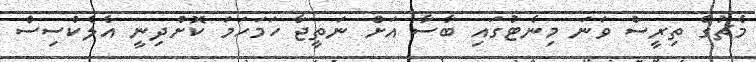
މެޗުގެ ތިރީސް ވަނަ މިނެޓުގައި ބާސާ އަށް ނަތީޖާ ހަމަހަމަ ކޮށްދިނީ އެލެކްސިސް